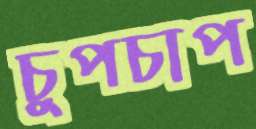
চুপচাপ